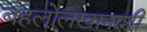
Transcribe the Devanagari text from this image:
बहलोलखानाशी